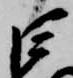
巨